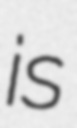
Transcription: is